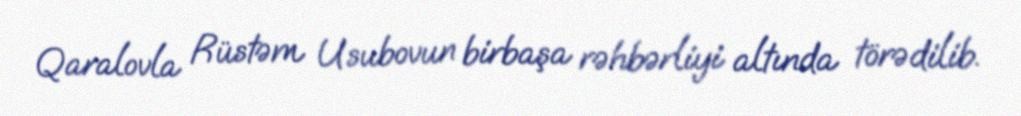
Qaralovla Rüstəm Usubovun birbaşa rəhbərliyi altında törədilib.